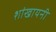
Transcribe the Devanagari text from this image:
शांखायनी